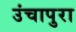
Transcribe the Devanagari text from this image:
उंचापुरा